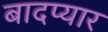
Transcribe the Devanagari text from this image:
बादप्यार